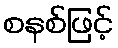
စနစ်ဖြင့်